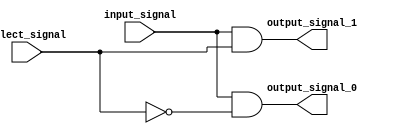
module demux_1to2 (
    input input_signal,
    input select_signal,
    output output_signal_0,
    output output_signal_1
);

assign output_signal_0 = input_signal & ~select_signal;
assign output_signal_1 = input_signal & select_signal;

endmodule